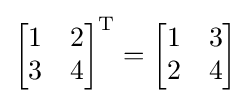
{\begin{bmatrix}1&2\\3&4\end{bmatrix}}^{\text{T}}={\begin{bmatrix}1&3\\2&4\end{bmatrix}}